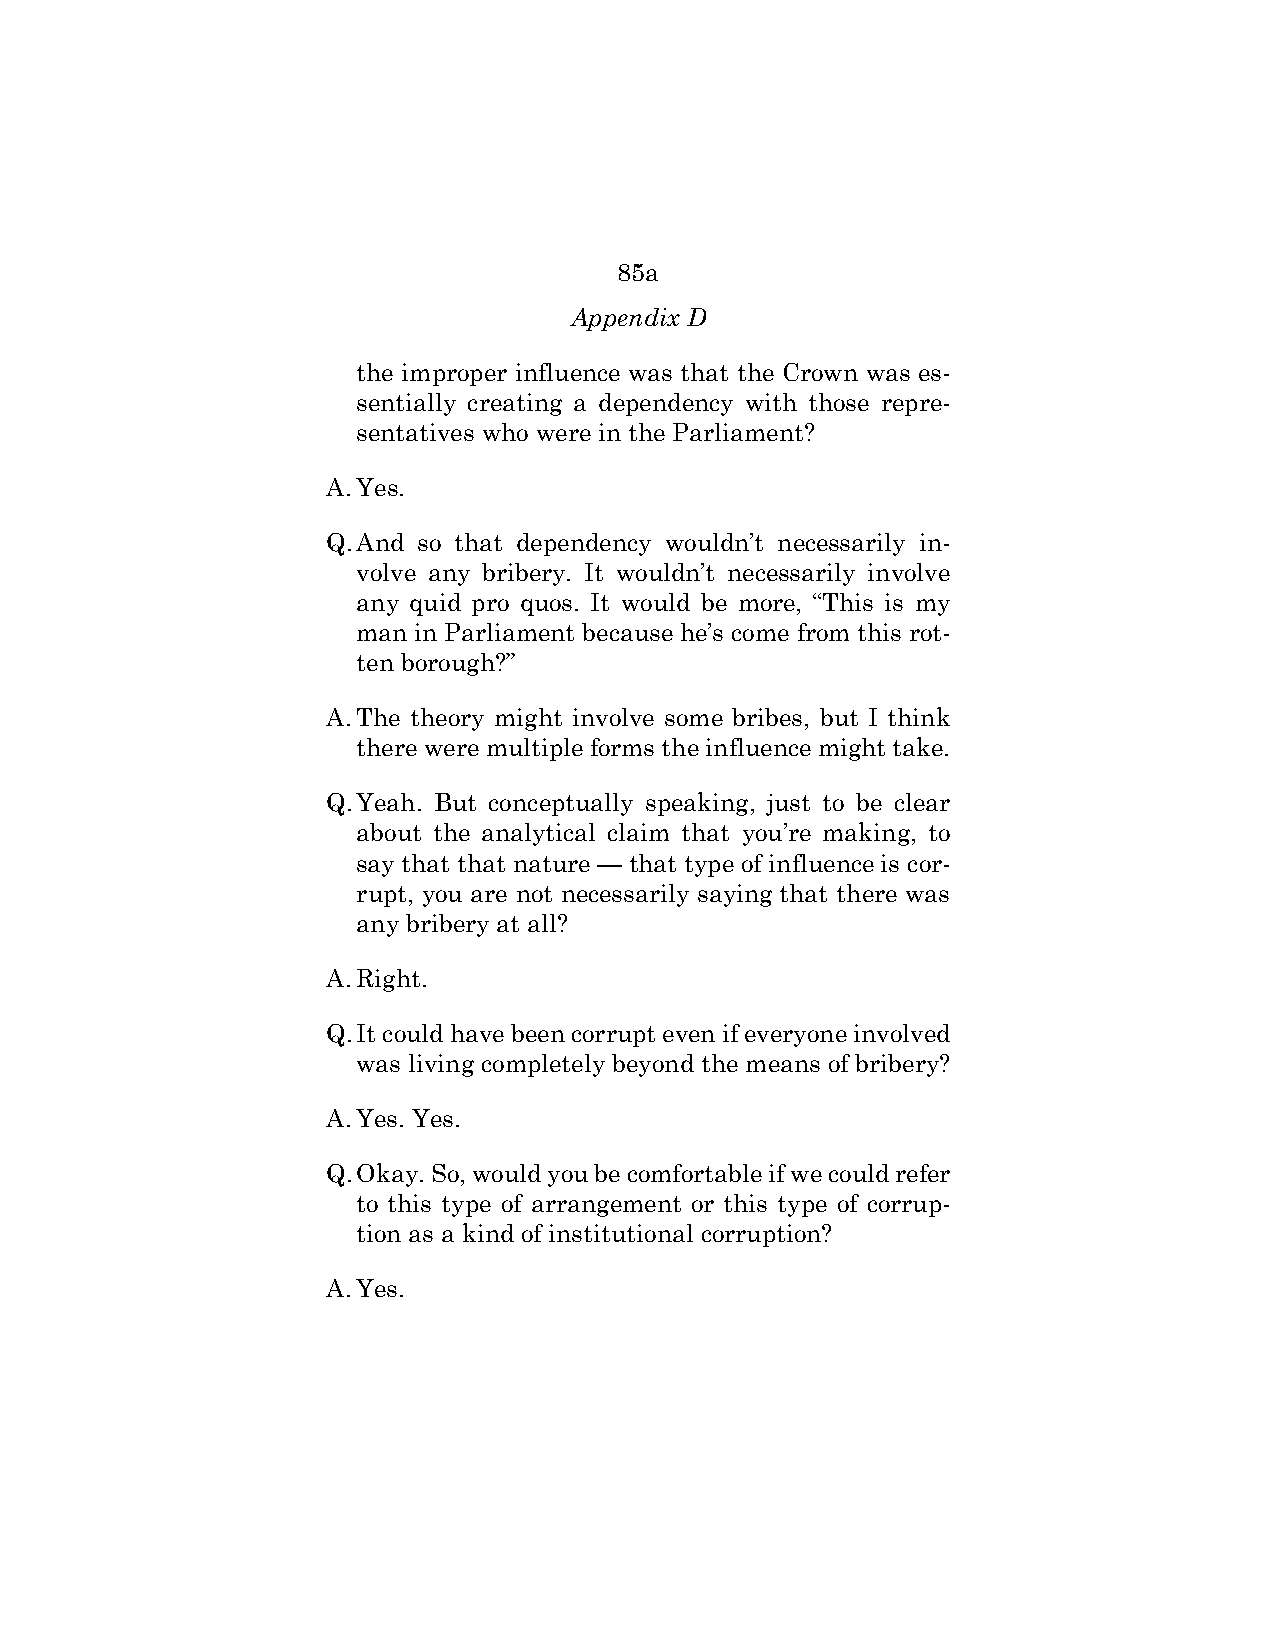
85a
 Appendix D
 the improper influence was that the Crown was es-
 sentially creating a dependency with those repre-
 sentatives who were in the Parliament?
 A. Yes.
 Q. And so that dependency wouldn’t necessarily in-
 volve any bribery. It wouldn’t necessarily involve
 any quid pro quos. It would be more, “This is my
 man in Parliament because he’s come from this rot-
 ten borough?”
 A. The theory might involve some bribes, but I think
 there were multiple forms the influence might take.
 Q. Yeah. But conceptually speaking, just to be clear
 about the analytical claim that you’re making, to
 say that that nature — that type of influence is cor-
 rupt, you are not necessarily saying that there was
 any bribery at all?
 A. Right.
 Q. It could have been corrupt even if everyone involved
 was living completely beyond the means of bribery?
 A. Yes. Yes.
 Q. Okay. So, would you be comfortable if we could refer
 to this type of arrangement or this type of corrup-
 tion as a kind of institutional corruption?
 A. Yes.